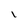
Character: l